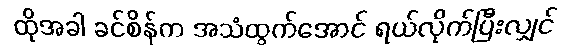
ထိုအခါ ခင်စိန်က အသံထွက်အောင် ရယ်လိုက်ပြီးလျှင်